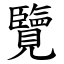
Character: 覽